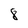
Character: 8